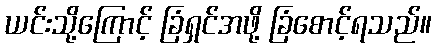
ယင်းသို့ကြောင့် ခြံရှင်အဖို့ ခြံစောင့်ရသည်။